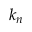
k _ { n }